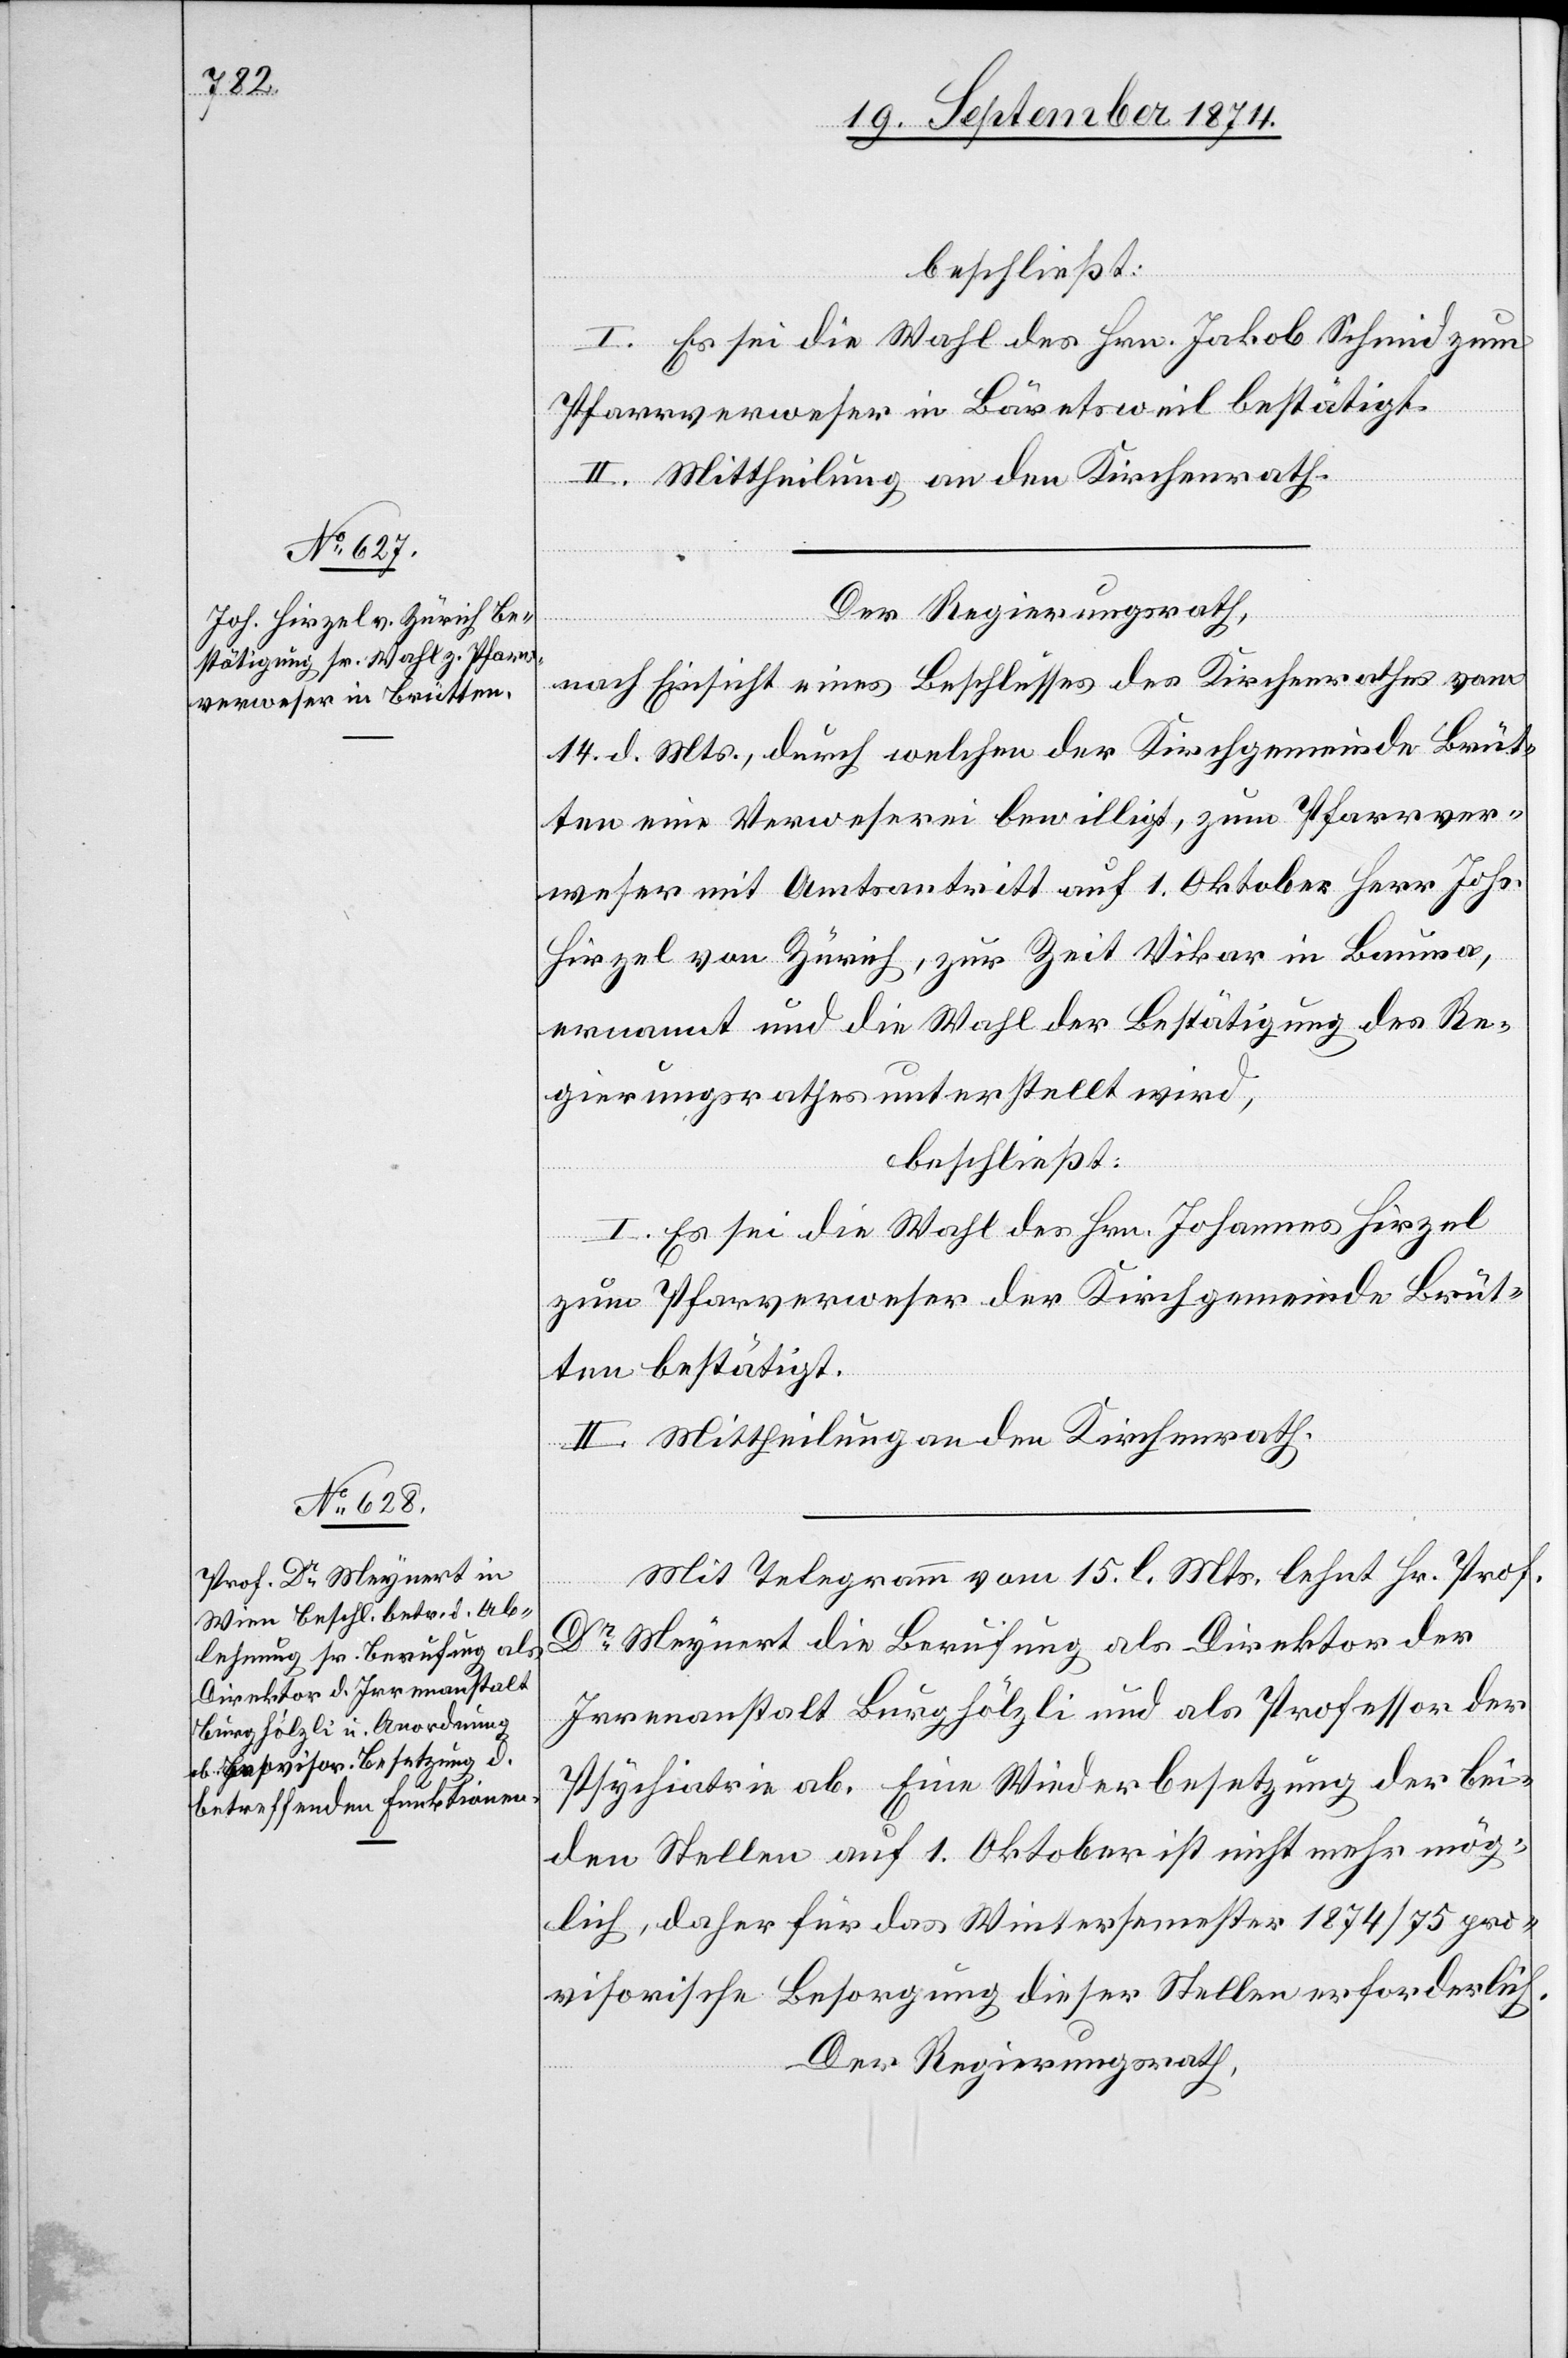
beschließt:
I. Es sei die Wahl des Hrn. Jakob Schmid zum
Pfarrverweser in Bäretsweil bestätigt.
II. Mittheilung an den Kirchenrath.
Der Regierungsrath,
nach Einsicht eines Beschlusses des Kirchenrathes vom
14. d. Mts., durch welchen der Kirchgemeinde Brüt¬
ten eine Verweserei bewilligt, zum Pfarrver¬
weser mit Amtsantritt auf 1. Oktober Herr Johs.
Hirzel von Zürich, zur Zeit Vikar in Bauma,
ernannt und die Wahl der Bestätigung des Re¬
gierungsrathes unterstellt wird,
beschließt:
I. Es sei die Wahl des Hrn. Johannes Hirzel
zum Pfarrverweser der Kirchgemeinde Brüt¬
ten bestätigt.
II. Mittheilung an den Kirchenrath.
Mit Telegramm vom 15. l. Mts. lehnt Hr. Prof.
Dr Meynert die Berufung als Direktor der
Irrenanstalt Burghölzli und als Professor der
Psychiatrie ab. Eine Wiederbesetzung der bei¬
den Stellen auf 1. Oktober ist nicht mehr mög¬
lich, daher für das Wintersemester 1874/75 pro¬
visorische Besorgung dieser Stellen erforderlich.
Der Regierungsrath,